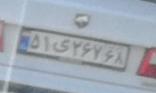
۵۱ی۲۶۷۶۸